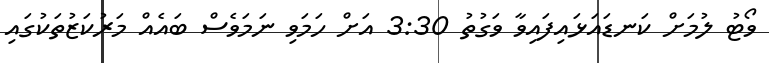
ވޯޓު ލުމަށް ކަނޑައަޅައިފައިވާ ވަގުތު 3:30 އަށް ހަމަވި ނަމަވެސް ބައެއް މަރުކަޒުތަކުގައި